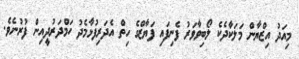
މިއަދު އިޒްޔާން މަލަކާދެކެ ލޯބިވާވަރު ފެނިފައި ފަޔާޒްގެ ހިތް އެދަރިފުޅާމެދު ހަމްދަރުދީއިން ފުރުނެވެ.